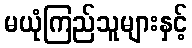
မယုံကြည်သူများနှင့်